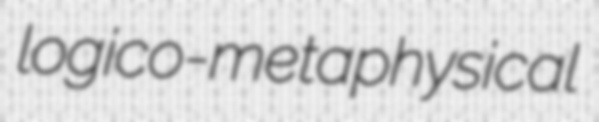
logico-metaphysical